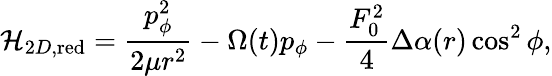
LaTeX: {\cal H}_{2D,\mathrm{red}}=\frac{p_{\phi}^{2}}{2\mu r^{2}}-\Omega(t)p_{\phi}-\frac{F_{0}^{2}}{4}\Delta\alpha(r)\cos^{2}\phi,